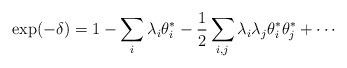
LaTeX: \begin{align*}\exp(-\delta) = 1 - \sum_i \lambda_i \theta_i^* - \frac{1}{2}\sum_{i,j} \lambda_i \lambda_j \theta_i^* \theta_j^* + \cdots\end{align*}